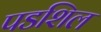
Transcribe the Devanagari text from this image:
पडशिल